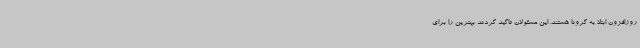
روزافزون ابتلا به کرونا هستند. این مسئولان تاکید کردند بهترین را برای